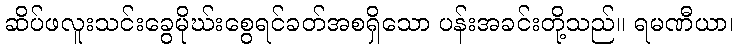
ဆိပ်ဖလူးသင်းခွေမိုဃ်းစွေရင်ခတ်အစရှိသော ပန်းအခင်းတို့သည်။ ရမဏီယာ၊